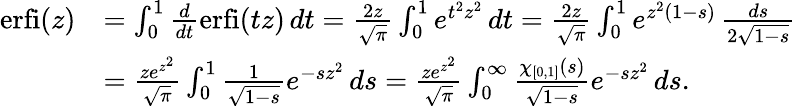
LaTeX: \begin{array}{rl}{\mathrm{erfi}(z)}&{=\int_{0}^{1}\frac{d}{dt}\mathrm{erfi}(tz)\, dt=\frac{2z}{\sqrt{\pi}}\int_{0}^{1}e^{t^{2}z^{2}}\, dt=\frac{2z}{\sqrt{\pi}}\int_{0}^{1}e^{z^{2}(1-s)}\, \frac{ds}{2\sqrt{1-s}}}\\ &{=\frac{ze^{z^{2}}}{\sqrt{\pi}}\int_{0}^{1}\frac{1}{\sqrt{1-s}}e^{-sz^{2}}\, ds=\frac{ze^{z^{2}}}{\sqrt{\pi}}\int_{0}^{\infty}\frac{\chi_{[0,1]}(s)}{\sqrt{1-s}}e^{-sz^{2}}\, ds.}\end{array}